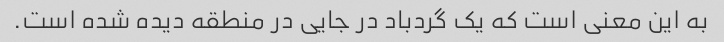
به این معنی است که یک گردباد در جایی در منطقه دیده شده است.